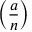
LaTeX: \left( { \frac { a } { n } } \right)